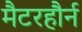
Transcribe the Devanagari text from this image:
मैटरहौर्न